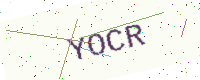
Text: YOCR